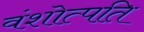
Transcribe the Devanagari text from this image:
वंशोत्पति